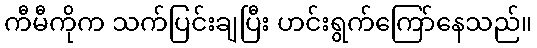
ကီမီကိုက သက်ပြင်းချပြီး ဟင်းရွက်ကြော်နေသည်။